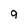
Character: 9